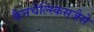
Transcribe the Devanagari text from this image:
कैनचेल्स्किसजैसे